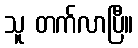
သူ တက်လာပြီ။